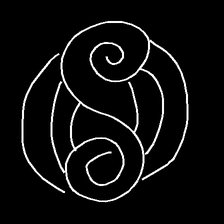
Glyph: wind-underfoot